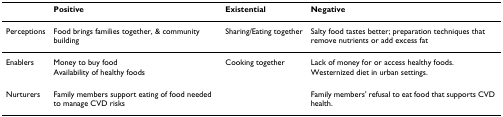
<table><thead><tr><td></td><td><b>Positive</b></td><td><b>Existential</b></td><td><b>Negative</b></td></tr></thead><tbody><tr><td>Perceptions</td><td>Food brings families together, &amp; community building</td><td>Sharing/Eating together</td><td>Salty food tastes better; preparation techniques that remove nutrients or add excess fat</td></tr><tr><td>Enablers</td><td>Money to buy foodAvailability of healthy foods</td><td>Cooking together</td><td>Lack of money for or access healthy foods.Westernized diet in urban settings.</td></tr><tr><td>Nurturers</td><td>Family members support eating of food needed to manage CVD risks</td><td></td><td>Family members&#x27; refusal to eat food that supports CVD health.</td></tr></tbody></table>